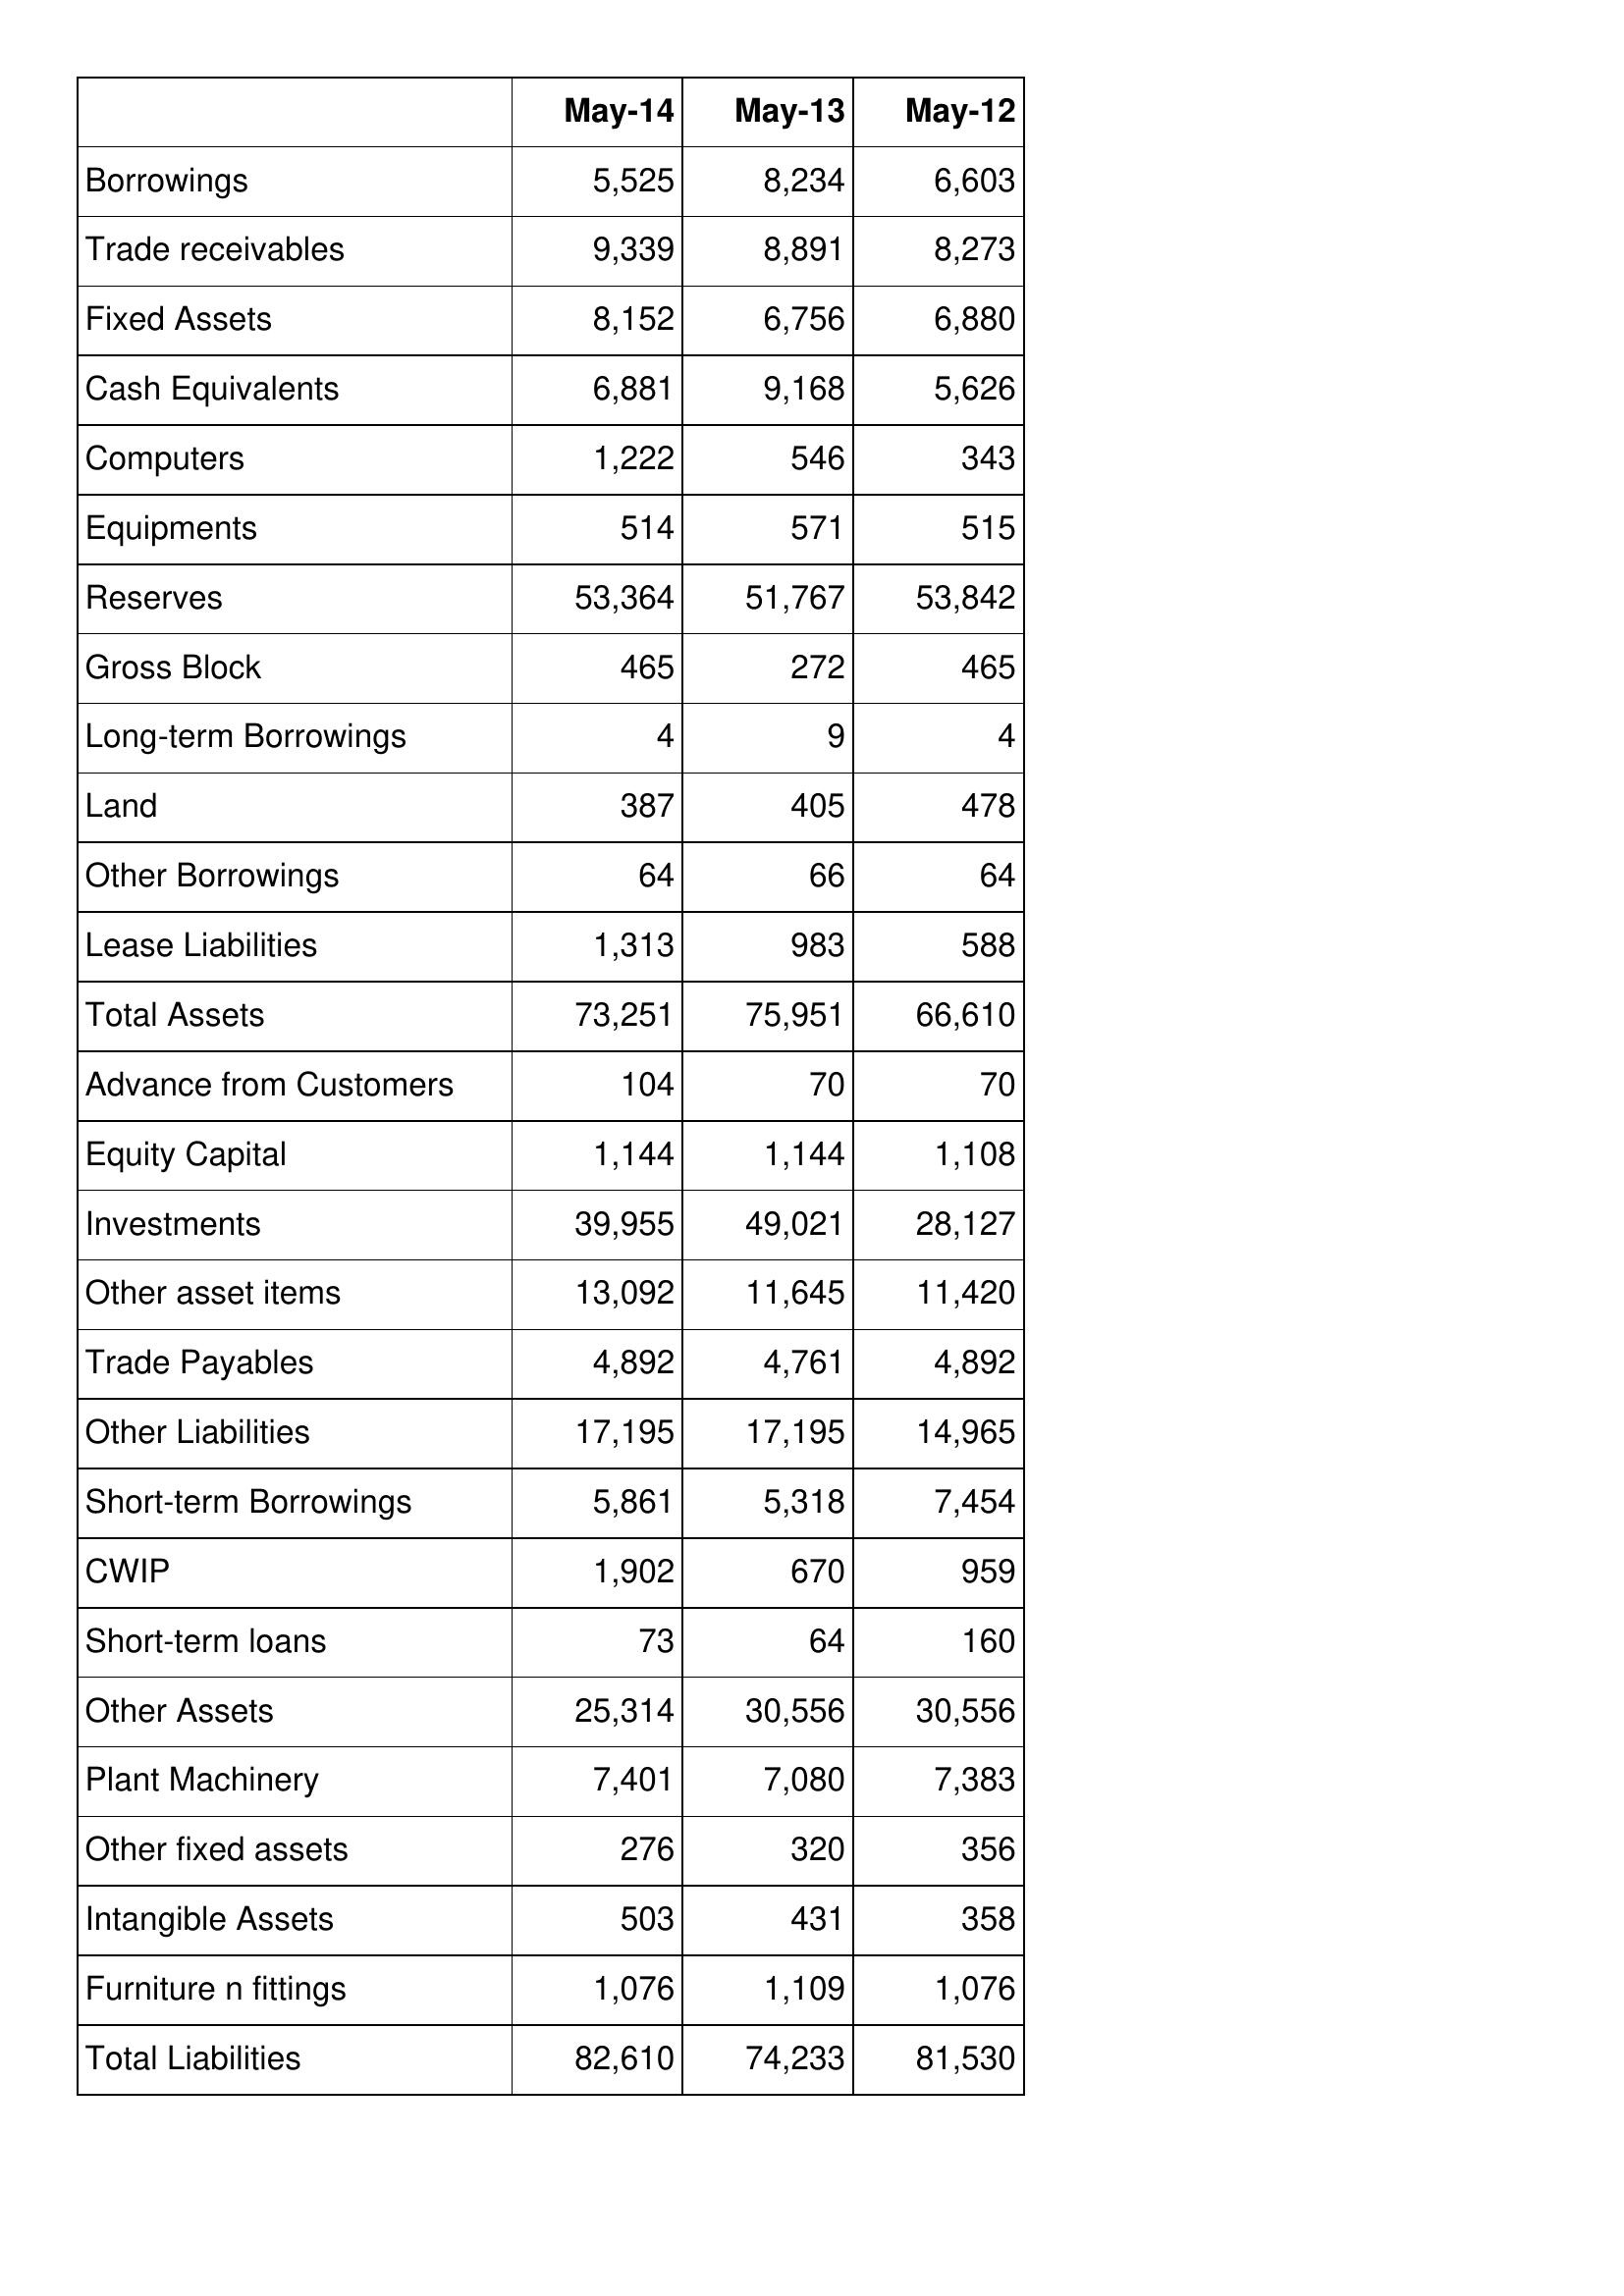
May-14: Balance Sheet: Borrowings: 5,525
Trade receivables: 9,339
Fixed Assets: 8,152
Cash Equivalents: 6,881
Computers: 1,222
Equipments: 514
Reserves: 53,364
Gross Block: 465
Long-term Borrowings: 4
Land: 387
Other Borrowings: 64
Lease Liabilities: 1,313
Total Assets: 73,251
Advance from Customers: 104
Equity Capital: 1,144
Investments: 39,955
Other asset items: 13,092
Trade Payables: 4,892
Other Liabilities: 17,195
Short-term Borrowings: 5,861
CWIP: 1,902
Short-term loans: 73
Other Assets: 25,314
Plant Machinery: 7,401
Other fixed assets: 276
Intangible Assets: 503
Furniture n fittings: 1,076
Total Liabilities: 82,610
May-13: Balance Sheet: Borrowings: 8,234
Trade receivables: 8,891
Fixed Assets: 6,756
Cash Equivalents: 9,168
Computers: 546
Equipments: 571
Reserves: 51,767
Gross Block: 272
Long-term Borrowings: 9
Land: 405
Other Borrowings: 66
Lease Liabilities: 983
Total Assets: 75,951
Advance from Customers: 70
Equity Capital: 1,144
Investments: 49,021
Other asset items: 11,645
Trade Payables: 4,761
Other Liabilities: 17,195
Short-term Borrowings: 5,318
CWIP: 670
Short-term loans: 64
Other Assets: 30,556
Plant Machinery: 7,080
Other fixed assets: 320
Intangible Assets: 431
Furniture n fittings: 1,109
Total Liabilities: 74,233
May-12: Balance Sheet: Borrowings: 6,603
Trade receivables: 8,273
Fixed Assets: 6,880
Cash Equivalents: 5,626
Computers: 343
Equipments: 515
Reserves: 53,842
Gross Block: 465
Long-term Borrowings: 4
Land: 478
Other Borrowings: 64
Lease Liabilities: 588
Total Assets: 66,610
Advance from Customers: 70
Equity Capital: 1,108
Investments: 28,127
Other asset items: 11,420
Trade Payables: 4,892
Other Liabilities: 14,965
Short-term Borrowings: 7,454
CWIP: 959
Short-term loans: 160
Other Assets: 30,556
Plant Machinery: 7,383
Other fixed assets: 356
Intangible Assets: 358
Furniture n fittings: 1,076
Total Liabilities: 81,530